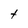
Character: t